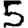
Digit: 5